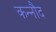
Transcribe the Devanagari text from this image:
कन्नौद